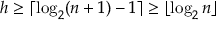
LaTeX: h \geq \lceil \log _ { 2 } ( n + 1 ) - 1 \rceil \geq \lfloor \log _ { 2 } n \rfloor